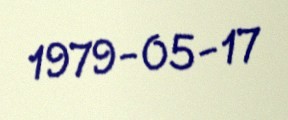
1979-05-17